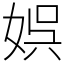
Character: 娯